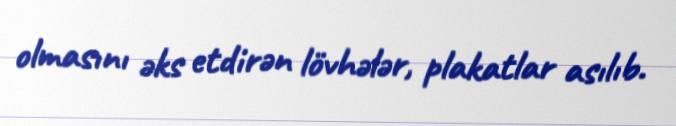
olmasını əks etdirən lövhələr, plakatlar asılıb.